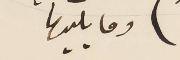
وما يليها